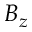
B _ { z }